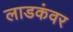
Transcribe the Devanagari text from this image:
लाडकंवर